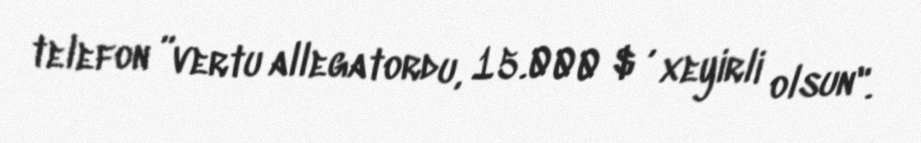
telefon ”vertu allegatordu, 15.000 $ , xeyirli olsun".